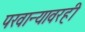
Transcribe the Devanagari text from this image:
परवान्यावरही